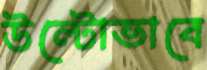
উল্টোভাবে